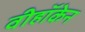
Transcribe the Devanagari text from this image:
वीहॉकेन